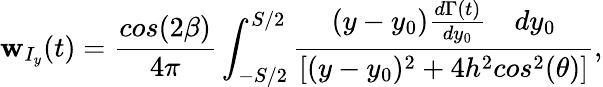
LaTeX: \mathbf{w}_{I_{y}}(t)=\frac{{cos(2\beta)}}{{4\pi}}\int_{-S/2}^{S/2}\frac{{(y-y_{0})\frac{{d\Gamma(t)}}{{dy_{0}}}\quad{dy_{0}}}}{{[(y-y_{0})^{2}+4h^{2}cos^{2}(\theta)]}},